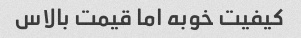
کیفیت خوبه اما قیمت بالاس